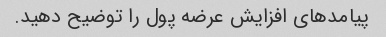
پیامدهای افزایش عرضه پول را توضیح دهید.